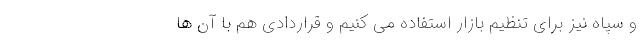
و سپاه نیز برای تنظیم بازار استفاده می کنیم و قراردادی هم با آن ها